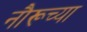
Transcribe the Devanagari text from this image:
नौरूच्या